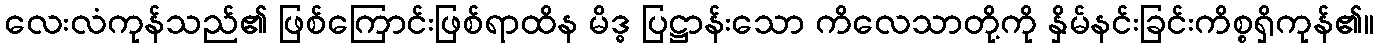
လေးလံကုန်သည်၏ ဖြစ်ကြောင်းဖြစ်ရာထိန မိဒ္ဓ ပြဋ္ဌာန်းသော ကိလေသာတို့ကို နှိမ်နင်းခြင်းကိစ္စရှိကုန်၏။